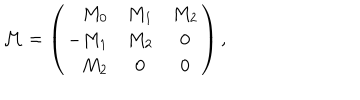
{ \cal M } = \left( \begin{array} { r c c } { { M _ { 0 } } } & { { M _ { 1 } } } & { { M _ { 2 } } } \\ { { - M _ { 1 } } } & { { M _ { 2 } } } & { { 0 } } \\ { { M _ { 2 } } } & { { 0 } } & { { 0 } } \\ \end{array} \right) ,